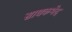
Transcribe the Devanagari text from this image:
साधकभेद